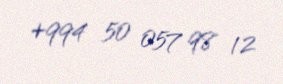
+994 50 057 98 12